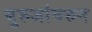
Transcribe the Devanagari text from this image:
बुरुजांवरुन